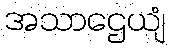
အသာဌေယျံ